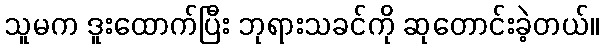
သူမက ဒူးထောက်ပြီး ဘုရားသခင်ကို ဆုတောင်းခဲ့တယ်။